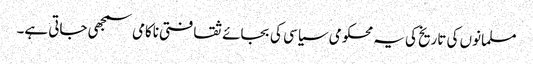
مسلمانوں کی تاریخ کی یہ محکومی سیاسی کی بجائے ثقافتی ناکامی سمجھی جاتی ہے۔